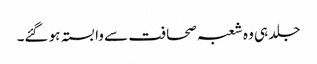
جلد ہی وہ شعبہ صحافت سے وابستہ ہو گئے۔